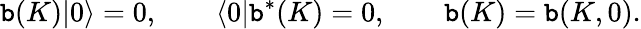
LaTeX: \mathtt{b}(K)|0\rangle=0,\qquad\langle0|\mathtt{b}^{\ast}(K)=0,\qquad\mathtt{b}(K)=\mathtt{b}(K,0).